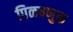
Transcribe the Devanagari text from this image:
पिळवणुक